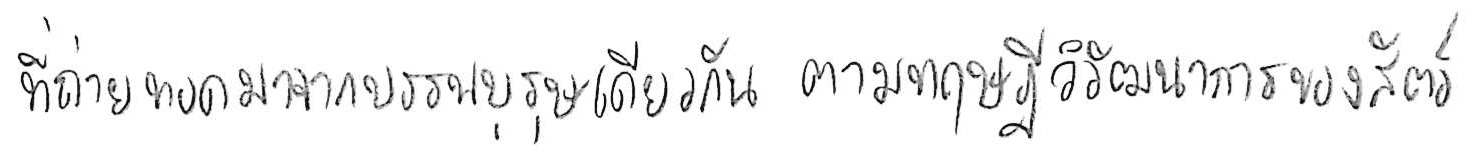
ที่ถ่ายทอดมาจากบรรพบุรุษเดียวกัน ตามทฤษฎีวิวัฒนาการของสัตว์